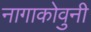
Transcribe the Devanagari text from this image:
नागाकोवुनी